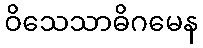
ဝိသေသာဓိဂမေန